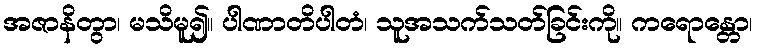
အဇာနိတွာ၊ မသိမူ၍။ ပါဏာတိပါတံ၊ သူအသက်သတ်ခြင်းကို။ ကရောန္တော၊